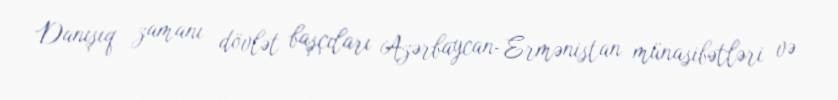
Danışıq zamanı dövlət başçıları Azərbaycan-Ermənistan münasibətləri və